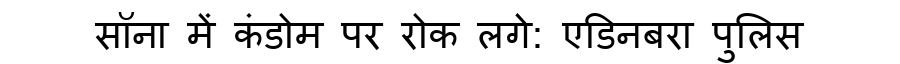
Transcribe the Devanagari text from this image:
सॉना में कंडोम पर रोक लगे: एडिनबरा पुलिस